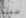
ضعفه